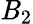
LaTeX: \mathit{B}_{2}